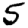
Digit: 5